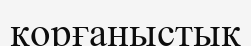
корғаныстық